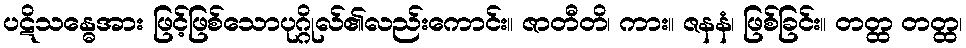
ပဋိသန္ဓေအား ဖြင့်ဖြစ်သောပုဂ္ဂိုလ်၏လည်းကောင်း။ ဇာတီတိ၊ ကား။ ဇနနံ၊ ဖြစ်ခြင်း။ တတ္ထ တတ္ထ၊